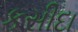
કસીદા